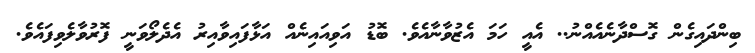
ބިންދައިގެން ގޮސްދާނެއެއްނު.. އެއީ ހަމަ އެޒުވާނާއެވެ. ބޮޑު އަވިއައިނެއް އަޅާފައިވާއިރު އެދެލޯވަނީ ފޮރުވާލެވިފައެވެ.